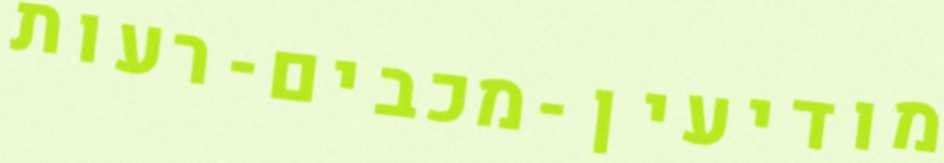
מודיעין-מכבים-רעות